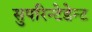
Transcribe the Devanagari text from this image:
सुपरिन्टेडेन्ट